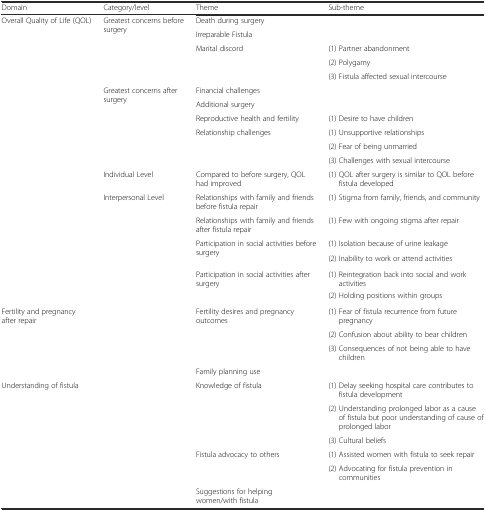
<table><thead><tr><td><b>Domain</b></td><td><b>Category/level</b></td><td><b>Theme</b></td><td><b>Sub-theme</b></td></tr></thead><tbody><tr><td rowspan="2">Overall Quality of Life (QOL)</td><td rowspan="2">Greatest concerns before surgery</td><td>Death during surgery</td><td></td></tr><tr><td>Irreparable Fistula</td><td></td></tr><tr><td rowspan="3"></td><td rowspan="3"></td><td>Marital discord</td><td>(1) Partner abandonment</td></tr><tr><td></td><td>(2) Polygamy</td></tr><tr><td></td><td>(3) Fistula affected sexual intercourse</td></tr><tr><td rowspan="6"></td><td rowspan="6">Greatest concerns after surgery</td><td>Financial challenges</td><td></td></tr><tr><td>Additional surgery</td><td></td></tr><tr><td>Reproductive health and fertility</td><td>(1) Desire to have children</td></tr><tr><td rowspan="3">Relationship challenges</td><td>(1) Unsupportive relationships</td></tr><tr><td>(2) Fear of being unmarried</td></tr><tr><td>(3) Challenges with sexual intercourse</td></tr><tr><td></td><td>Individual Level</td><td>Compared to before surgery, QOL had improved</td><td>(1) QOL after surgery is similar to QOL before fistula developed</td></tr><tr><td rowspan="6"></td><td rowspan="6">Interpersonal Level</td><td>Relationships with family and friends before fistula repair</td><td>(1) Stigma from family, friends, and community</td></tr><tr><td>Relationships with family and friends after fistula repair</td><td>(1) Few with ongoing stigma after repair</td></tr><tr><td>Participation in social activities before surgery</td><td>(1) Isolation because of urine leakage</td></tr><tr><td></td><td>(2) Inability to work or attend activities</td></tr><tr><td>Participation in social activities after surgery</td><td>(1) Reintegration back into social and work activities</td></tr><tr><td></td><td>(2) Holding positions within groups</td></tr><tr><td rowspan="3">Fertility and pregnancy after repair</td><td rowspan="3"></td><td>Fertility desires and pregnancy outcomes</td><td>(1) Fear of fistula recurrence from future pregnancy</td></tr><tr><td rowspan="2"></td><td>(2) Confusion about ability to bear children</td></tr><tr><td>(3) Consequences of not being able to have children</td></tr><tr><td></td><td></td><td>Family planning use</td><td></td></tr><tr><td rowspan="6">Understanding of fistula</td><td rowspan="6"></td><td>Knowledge of fistula</td><td>(1) Delay seeking hospital care contributes to fistula development</td></tr><tr><td rowspan="2"></td><td>(2) Understanding prolonged labor as a cause of fistula but poor understanding of cause of prolonged labor</td></tr><tr><td>(3) Cultural beliefs</td></tr><tr><td rowspan="2">Fistula advocacy to others</td><td>(1) Assisted women with fistula to seek repair</td></tr><tr><td>(2) Advocating for fistula prevention in communities</td></tr><tr><td>Suggestions for helping women/with fistula</td><td></td></tr></tbody></table>